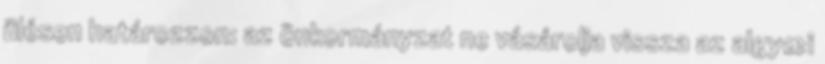
ülésen határozzon: az önkormányzat ne vásárolja vissza az algyœi